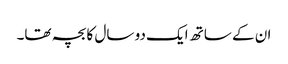
ان کے ساتھ ایک دو سال کا بچہ تھا۔